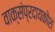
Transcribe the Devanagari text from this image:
वाक्संप्रदायकोश